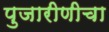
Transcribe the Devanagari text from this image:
पुजारीणीचा